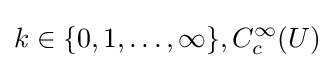
k\in \{0,1,\ldots ,\infty \},C_{c}^{\infty }(U)